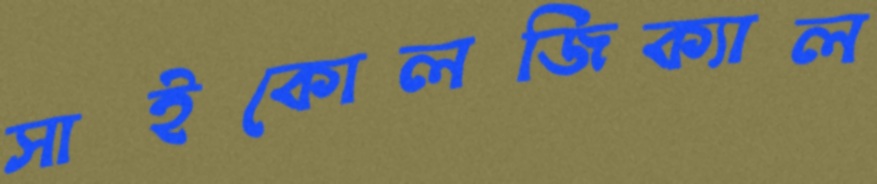
সাইকোলজিক্যাল